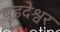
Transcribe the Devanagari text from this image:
बॄहदेश्वर